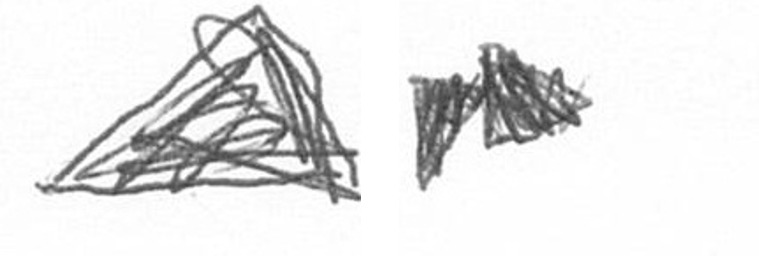
O A